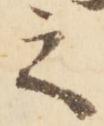
之